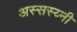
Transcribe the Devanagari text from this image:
अस्सस्य्नी